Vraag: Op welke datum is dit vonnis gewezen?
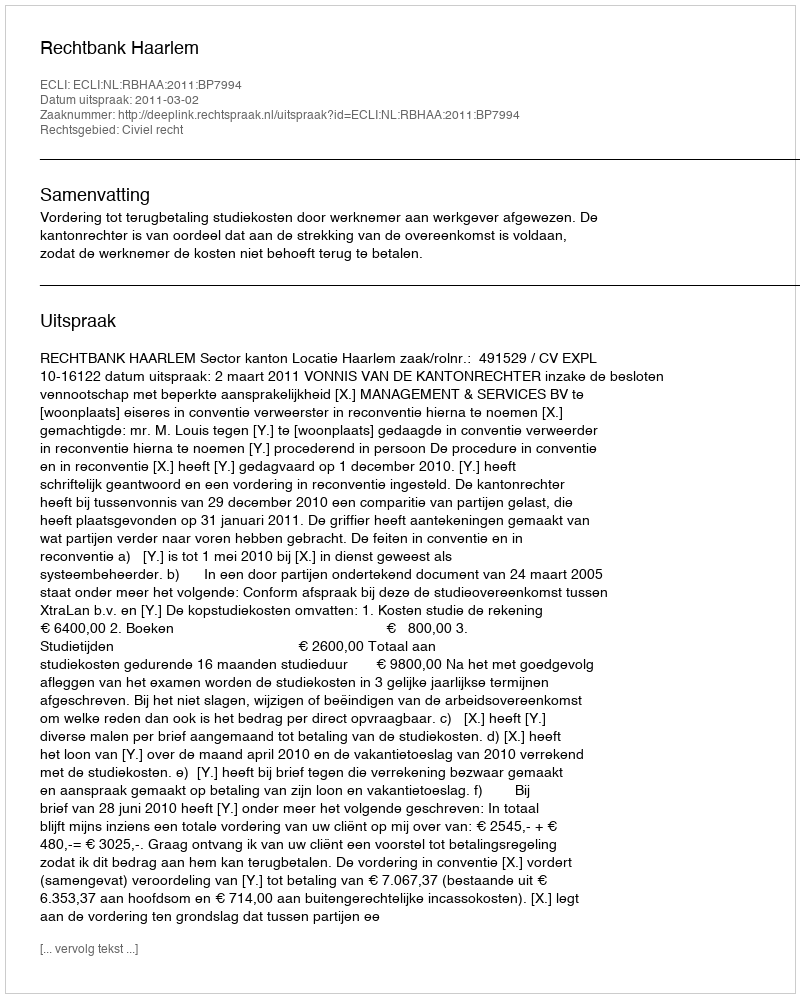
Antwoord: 2011-03-02